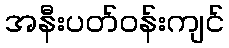
အနီးပတ်ဝန်းကျင်